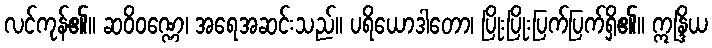
လင်ကုန်၏။ ဆဝိဝဏ္ဏေ၊ အရေအဆင်းသည်။ ပရိယောဒါတော၊ ပြိုးပြိုးပြက်ပြက်ရှိ၏။ ဣန္ဒြိယ